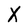
Character: X